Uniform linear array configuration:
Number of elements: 48
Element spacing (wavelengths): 1
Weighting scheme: hann
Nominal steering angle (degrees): -60
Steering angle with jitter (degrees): -61.33
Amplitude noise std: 0.05
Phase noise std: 0.05

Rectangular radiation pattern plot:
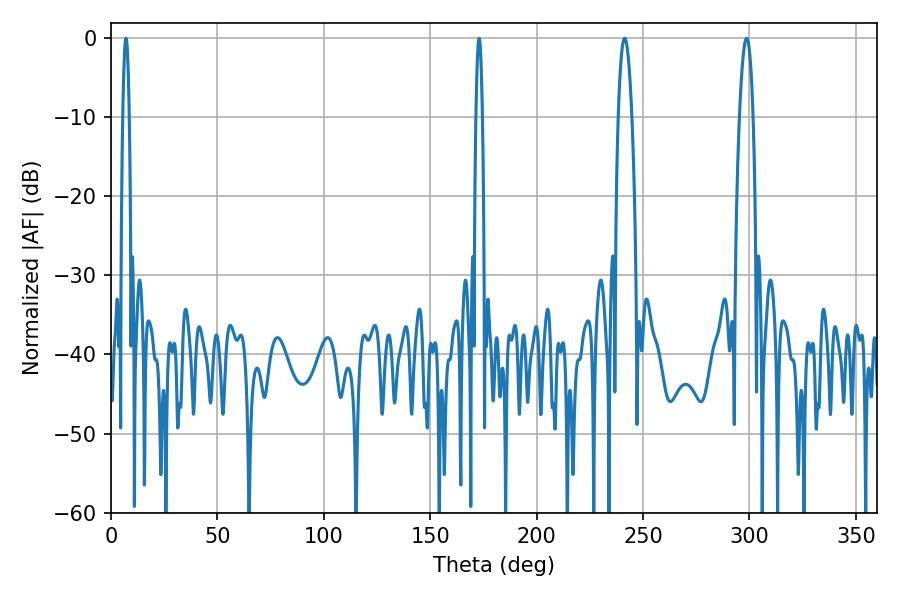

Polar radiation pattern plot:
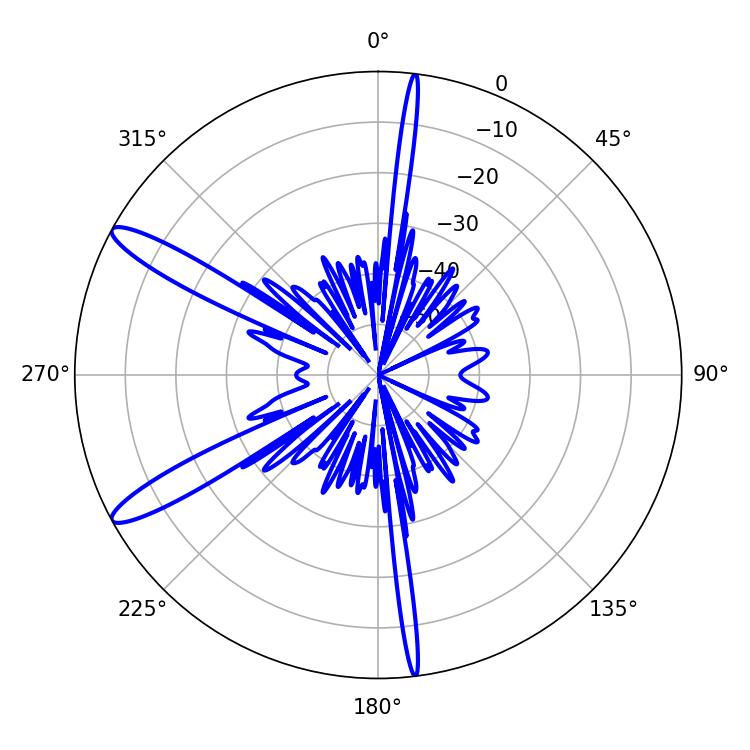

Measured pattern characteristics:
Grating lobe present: TRUE
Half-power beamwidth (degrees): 1.62
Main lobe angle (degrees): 172.98